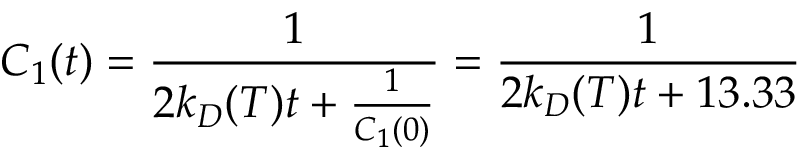
C _ { 1 } ( t ) = \frac { 1 } { 2 k _ { D } ( T ) t + \frac { 1 } { C _ { 1 } ( 0 ) } } = \frac { 1 } { 2 k _ { D } ( T ) t + 1 3 . 3 3 }